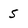
Character: 5